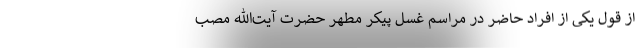
از قول یکی از افراد حاضر در مراسم غسل پیکر مطهر حضرت آیت‌الله مصب